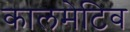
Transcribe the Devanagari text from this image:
कालमेटिव